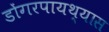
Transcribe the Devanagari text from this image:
डोंगरपायथ्यास